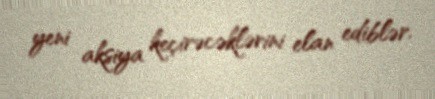
yeni aksiya keçirəcəklərini elan ediblər.